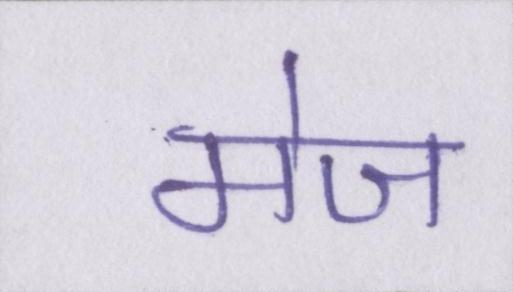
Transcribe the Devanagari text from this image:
मेज